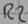
Text: R2